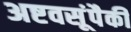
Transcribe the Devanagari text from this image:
अष्टवसूंपैकी